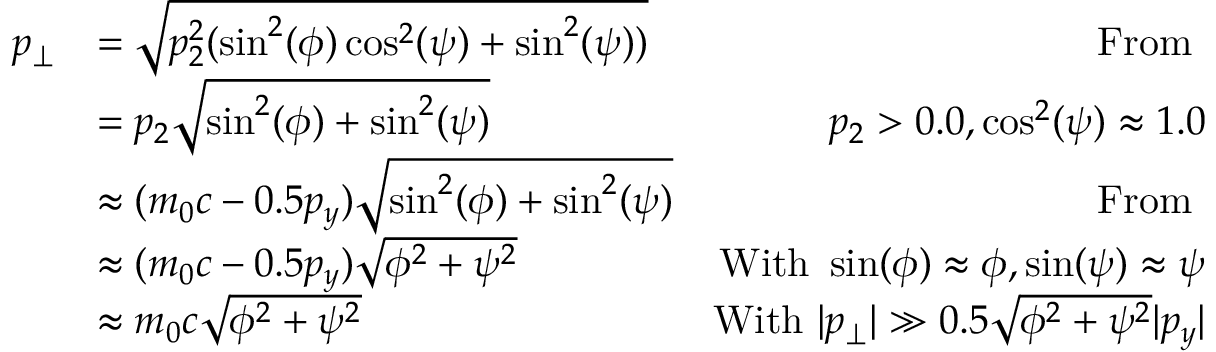
\begin{array} { r l r } { p _ { \perp } } & { = \sqrt { p _ { 2 } ^ { 2 } ( \sin ^ { 2 } ( \phi ) \cos ^ { 2 } ( \psi ) + \sin ^ { 2 } ( \psi ) ) } } & { \mathrm { F r o m ~ } } \\ & { = p _ { 2 } \sqrt { \sin ^ { 2 } ( \phi ) + \sin ^ { 2 } ( \psi ) } } & { p _ { 2 } > 0 . 0 , \cos ^ { 2 } ( \psi ) \approx 1 . 0 } \\ & { \approx ( m _ { 0 } c - 0 . 5 p _ { y } ) \sqrt { \sin ^ { 2 } ( \phi ) + \sin ^ { 2 } ( \psi ) } } & { \mathrm { F r o m ~ } } \\ & { \approx ( m _ { 0 } c - 0 . 5 p _ { y } ) \sqrt { \phi ^ { 2 } + \psi ^ { 2 } } } & { \mathrm { W i t h ~ } \sin ( \phi ) \approx \phi , \sin ( \psi ) \approx \psi } \\ & { \approx m _ { 0 } c \sqrt { \phi ^ { 2 } + \psi ^ { 2 } } } & { \mathrm { W i t h ~ } | p _ { \perp } | \gg 0 . 5 \sqrt { \phi ^ { 2 } + \psi ^ { 2 } } | p _ { y } | } \end{array}